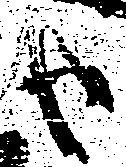
由